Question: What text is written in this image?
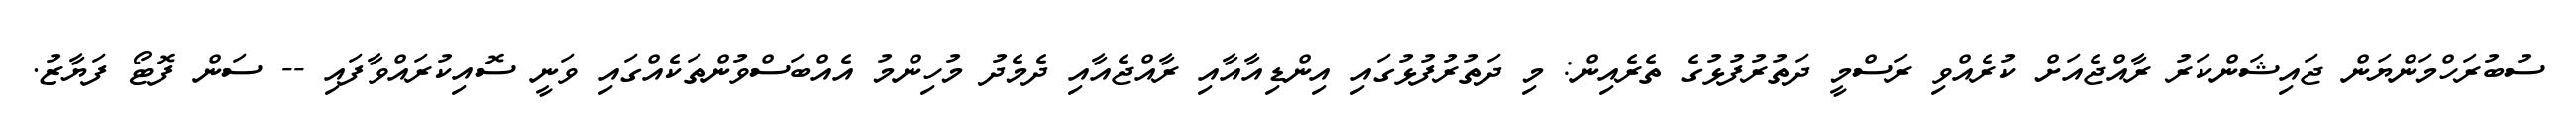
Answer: ސުބުރަހްމަންޔަން ޖައިޝަންކަރު ރާއްޖެއަށް ކުރެއްވި ރަސްމީ ދަތުރުފުޅުގެ ތެރެއިން: މި ދަތުރުފުޅުގައި އިންޑިއާއާއި ރާއްޖެއާއި ދެމެދު މުހިންމު އެއްބަސްވުންތަކެއްގައި ވަނީ ސޮއިކުރައްވާފައި -- ސަން ފޮޓޯ ފަޔާޒު.